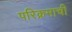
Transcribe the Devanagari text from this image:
परिक्रमाची